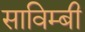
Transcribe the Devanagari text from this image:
साविम्बी